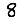
Digit: 8